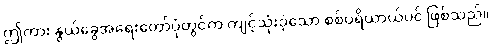
ဤကား နွယ်ခွေအရေးတော်ပုံတွင်က ကျင့်သုံးခဲ့သော စစ်ပရိယာယ်ပင် ဖြစ်သည်။